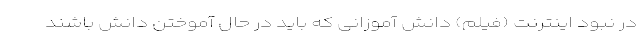
در نبود اینترنت (فیلم) دانش آموزانی که باید در حال آموختن دانش باشند